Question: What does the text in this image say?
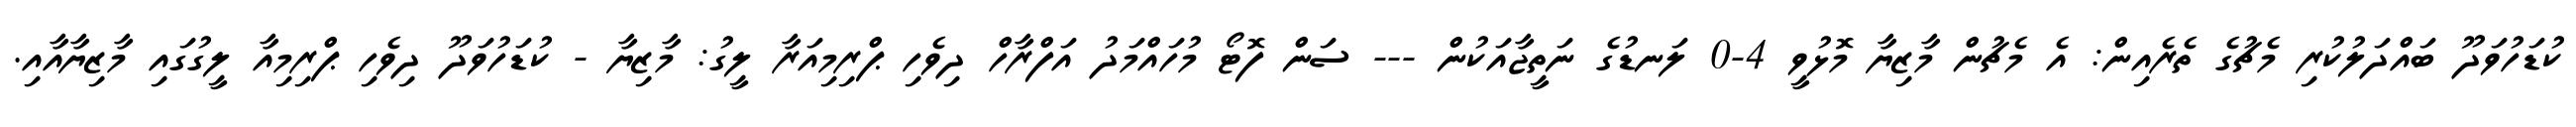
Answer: ކުޑަހުވަދޫ ބައްދަލުކުރި މެޗުގެ ތެރެއިން: އެ މެޗުން މާޒިޔާ މޮޅުވީ 4-0 ލަނޑުގެ ނަތީޖާއަކުން --- ސަން ފޮޓޯ މުހައްމަދު އަފްރާހް ދިވެހި ޕްރިމިއަރާ ލީގު: މާޒިޔާ - ކުޑަހުވަދޫ ދިވެހި ޕްރިމިއާ ލީގުގައި މާޒިޔާއާއި.